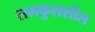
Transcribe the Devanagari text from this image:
समकुलशील